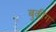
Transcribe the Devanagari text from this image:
बुकींग